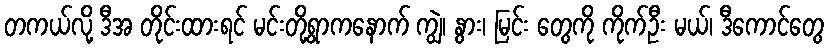
တကယ်လို့ ဒီအ တိုင်းထားရင် မင်းတို့ရွာကနောက် ကျွဲ၊ နွား၊ မြင်း တွေကို ကိုက်ဦး မယ်၊ ဒီကောင်တွေ